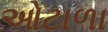
ઓટાળા